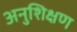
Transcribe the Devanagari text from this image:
अनुशिक्षण